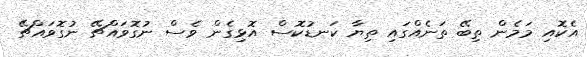
އެކޮއި މަމެން ތިބޭ ތަނެއްގައި ތިޔާ ކަނޑުކޮސް އޮޅިގެން ވެސް ނުގޮވައްޗޭ ނުގޮވައްޗޭ